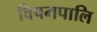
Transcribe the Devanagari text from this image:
विषमपालि